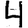
Digit: 4